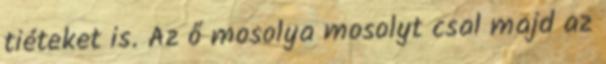
tiéteket is. Az ő mosolya mosolyt csal majd az